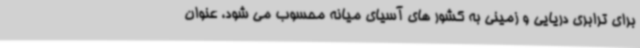
برای ترابری دریایی و زمینی به کشور های آسیای میانه محسوب می شود، عنوان